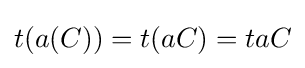
t(a(C))=t(aC)=taC